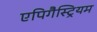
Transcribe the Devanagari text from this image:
एपिगैस्ट्रियम